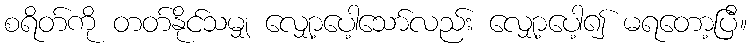
စရိတ်ကို တတ်နိုင်သမျှ လျှော့ပေါ့သော်လည်း လျှော့ပေါ့၍ မရတော့ပြီ။